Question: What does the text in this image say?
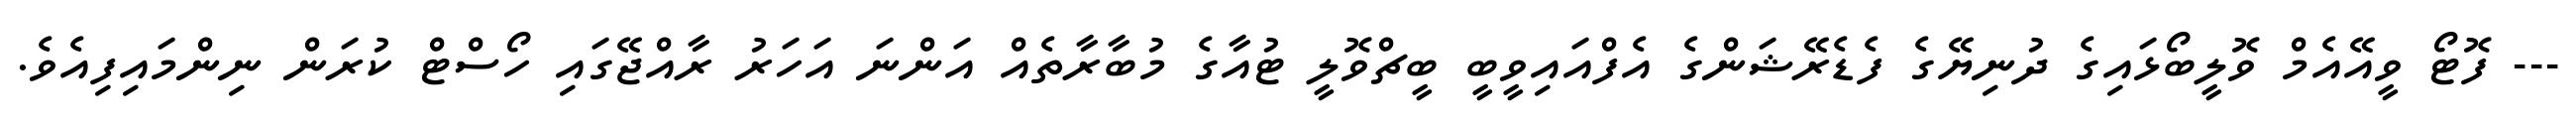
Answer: --- ފޮޓޯ ވީއޭއެމް ވޮލީބޯޅައިގެ ދުނިޔޭގެ ފެޑެރޭޝަންގެ އެފްއައިވީބީ ބީޗްވޮލީ ޓުއާގެ މުބާރާތެއް އަންނަ އަހަރު ރާއްޖޭގައި ހޯސްޓް ކުރަން ނިންމައިފިއެވެ.